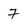
Character: 7